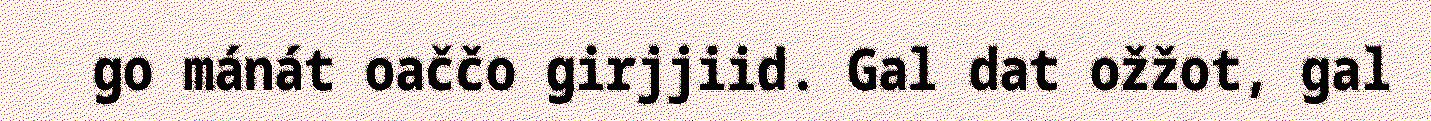
go mánát oaččo girjjiid. Gal dat ožžot, gal